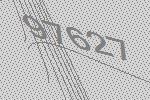
97627